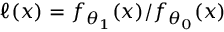
\ell ( x ) = f _ { \theta _ { 1 } } ( x ) / f _ { \theta _ { 0 } } ( x )